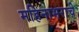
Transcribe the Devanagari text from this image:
महिनाभराचे